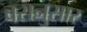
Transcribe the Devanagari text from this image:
वरानुसार